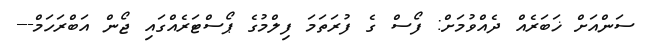
ސަންއަށް ޚަބަރެއް ދެއްވުމަށް: ފޯސް ގެ ފުރަތަމަ ފިލްމުގެ ޕޯސްޓަރެއްގައި ޖޯން އަބްރަހަމް---